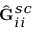
\hat { \mathbf { G } } _ { i i } ^ { s c }